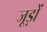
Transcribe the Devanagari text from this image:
जूड़ों